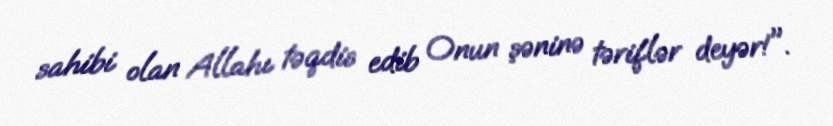
sahibi olan Allahı təqdis edib Onun şəninə təriflər deyər!".